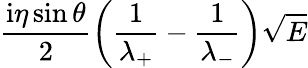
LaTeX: \frac{\mathrm{i}\eta\sin\theta}{2}\left(\frac{1}{\lambda_{+}}-\frac{1}{\lambda_{-}}\right)\sqrt{E}